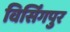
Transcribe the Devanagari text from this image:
विर्सिंगपुर